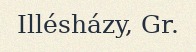
Illésházy, Gr.